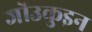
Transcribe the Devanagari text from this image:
जो॑उकुइन